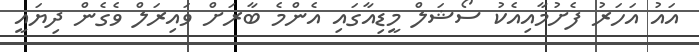
އައު އަހަރު ފެށުމާއިއެކު ސޯޝަލް މީޑިއާގައި އެންމެ ބާރަށް ވައިރަލް ވެގެން ދިޔައީ